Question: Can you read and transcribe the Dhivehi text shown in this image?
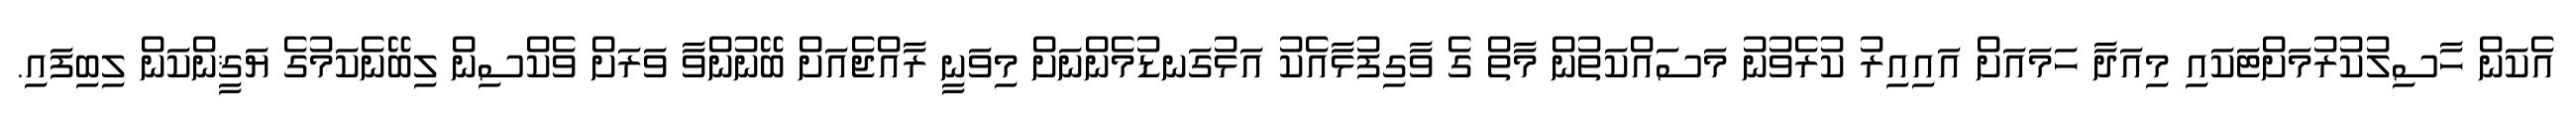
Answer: އެކަން ހާސިލުކުރުމަށްޓަކައި މިއަދާ ހަމައަށް އައިއިރު ކުރެވުނު މަސައްކަތުން މާތް ގެ ވާގިފުޅާއެކު އަޅުގަނޑުމެންނަށް މިވަނީ ރާއްޖެއަށް ބޭނުންވާ ވަރަށް ވެކްސިން ލިބޭނެކަމުގެ ޔަޤީންކަން ލިބިފައި.